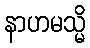
နာဟမသ္မိ